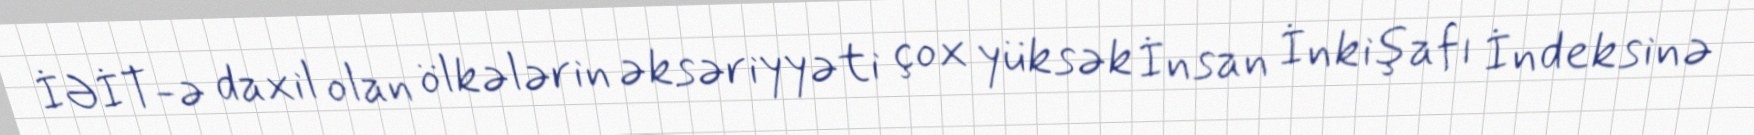
İƏİT-ə daxil olan ölkələrin əksəriyyəti çox yüksək İnsan İnkişafı İndeksinə